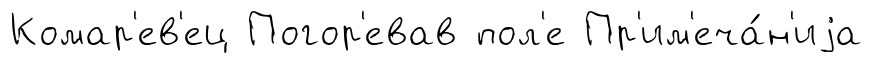
Комар'ев'ец Погор'евав пол'е Пр'им'еча́н'иjа